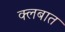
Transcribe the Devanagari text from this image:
क्‍लबात